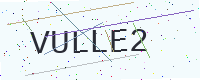
Text: VULLE2